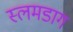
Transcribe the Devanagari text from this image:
स्लमडाग